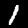
Digit: 1